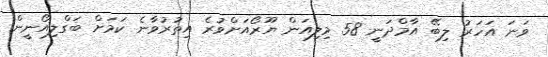
ވަނަ އަހަރު ލިބޭ އާމްދަނީ 58 މިލިއަން ޔޫރޯއަށްވުރެ އިތުރުވާނެ ކަމަށް ބަގްލިއޯނީން